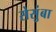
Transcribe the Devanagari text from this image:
सेसुंबा